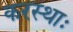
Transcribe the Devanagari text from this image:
करस्थाः